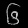
Digit: ၆